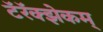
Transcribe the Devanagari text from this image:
टॅरॅक्झेकम्‌